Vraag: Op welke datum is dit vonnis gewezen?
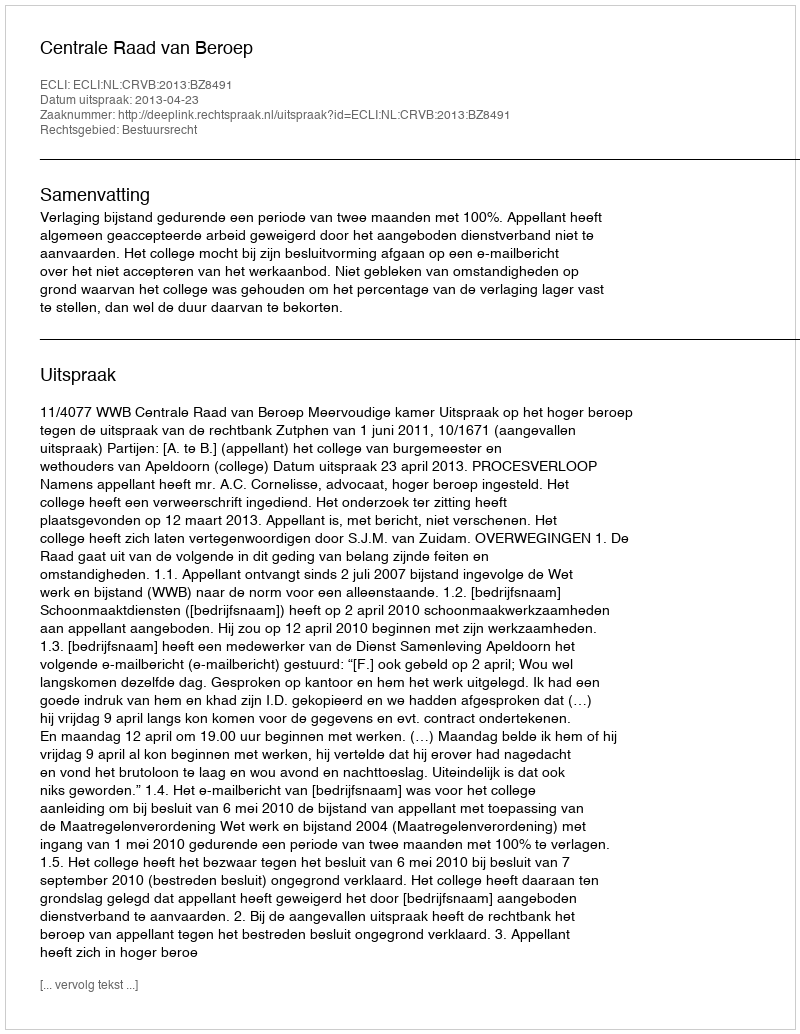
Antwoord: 2013-04-23